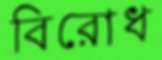
বিরোধ